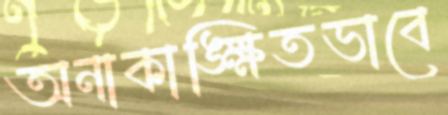
অনাকাঙ্ক্ষিতভাবে